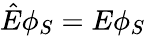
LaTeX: \hat{E}\phi_{S}=E\phi_{S}